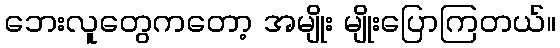
ဘေးလူတွေကတော့ အမျိုး မျိုးပြောကြတယ်။